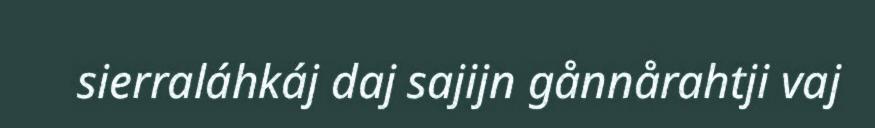
sierraláhkáj daj sajijn gånnårahtji vaj